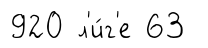
920 л'и́г'е 63